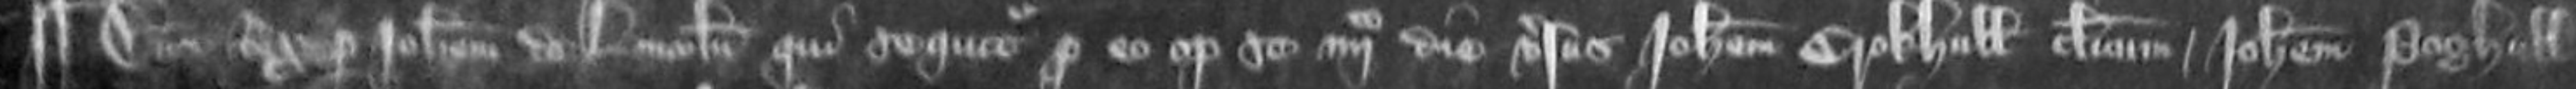
¶ Dominus Rex per Johannem de Lincoln qui sequitur pro eo optulit se quarto die versus Johannem Crokhull clericum Johannem Poghell